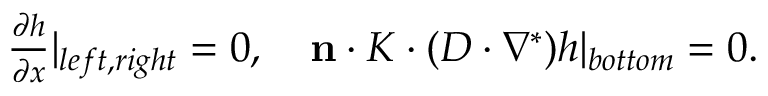
\begin{array} { r } { \frac { \partial h } { \partial x } | _ { l e f t , r i g h t } = 0 , \quad \mathbf { n } \cdot K \cdot ( D \cdot \nabla ^ { * } ) h | _ { b o t t o m } = 0 . } \end{array}